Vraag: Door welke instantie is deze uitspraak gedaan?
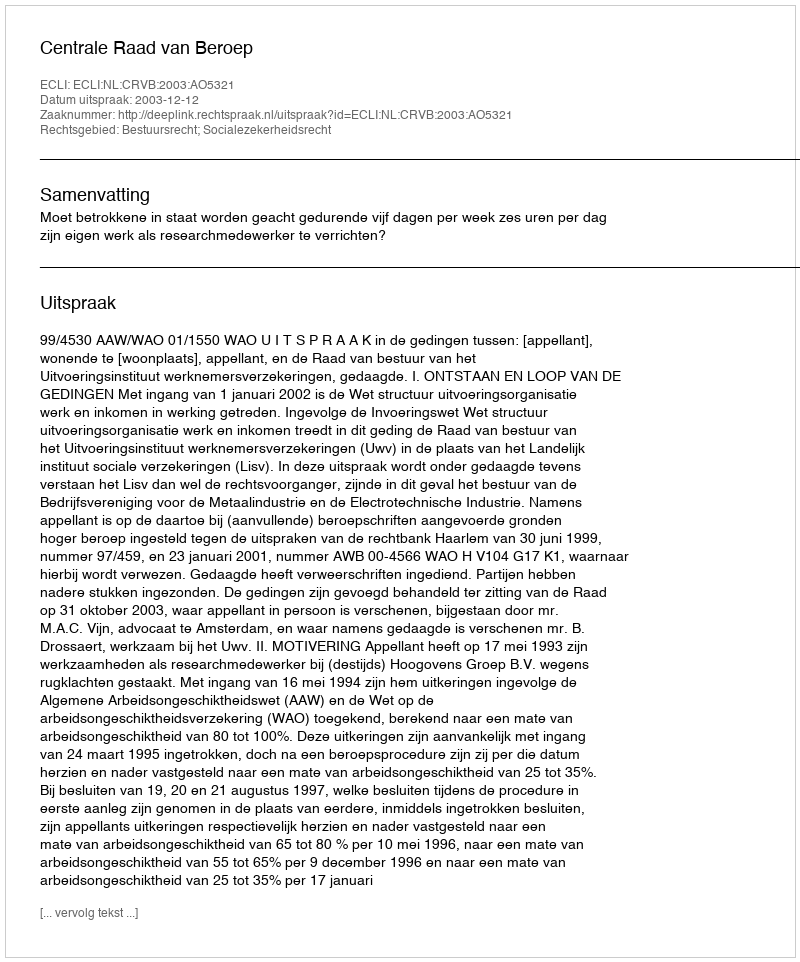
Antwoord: Centrale Raad van Beroep